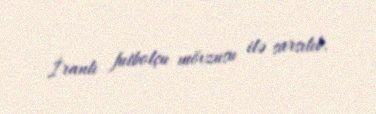
İranlı futbolçu mövzusu ilə sarsılıb.